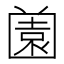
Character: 𡈤